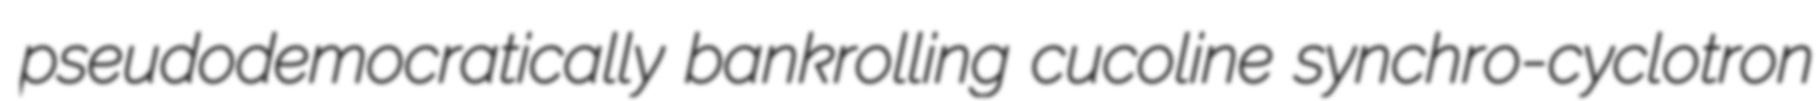
pseudodemocratically bankrolling cucoline synchro-cyclotron